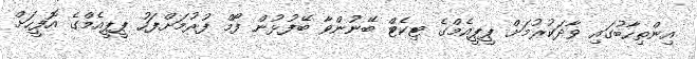
އިންތިހާބުގައި ވާދަކުރުމަށް ޕީޕީއެމްގެ ޓިކެޓް ބޭނުންވާ ބޭފުޅުން ފޯމް ފުރުމަށްފަހު ޕީޕީއެމްގެ އޮފީހަށް